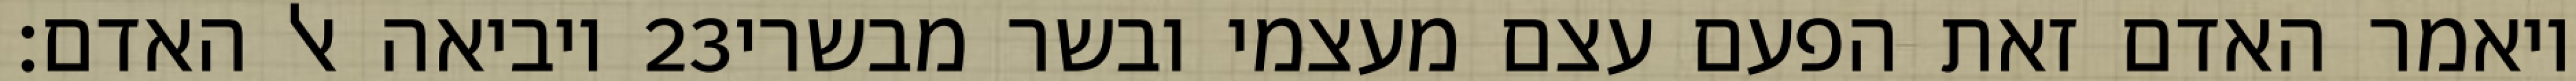
ויביאה אל האדם׃ ‎23‏ ויאמר האדם זאת הפעם עצם מעצמי ובשר מבשרי